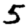
Digit: 5